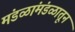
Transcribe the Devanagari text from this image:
मंडळांमंडळातून